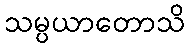
သမ္ပယာတောသိ